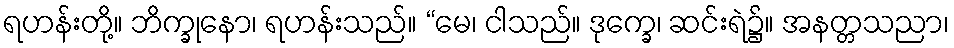
ရဟန်းတို့။ ဘိက္ခုနော၊ ရဟန်းသည်။ “မေ၊ ငါသည်။ ဒုက္ခေ၊ ဆင်းရဲ၌။ အနတ္တသညာ၊